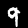
Digit: 9